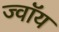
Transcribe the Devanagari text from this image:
ज्वॉय